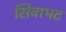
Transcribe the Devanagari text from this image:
सिवाभट